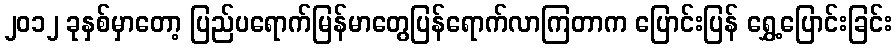
၂၀၁၂ ခုနှစ်မှာတော့ ပြည်ပရောက်မြန်မာတွေပြန်ရောက်လာကြတာက ပြောင်းပြန် ရွှေ့ပြောင်းခြင်း